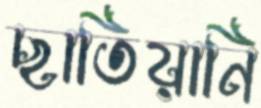
ছাতিয়ানি